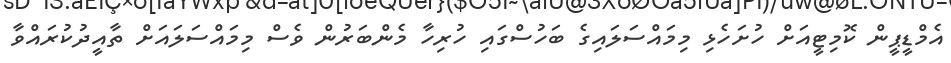
އެމްޑީޕީން ކޮމިޓީއަށް ހުށަހެޅި މިމައްސަލައިގެ ބަހުސްގައި ހުރިހާ މެންބަރުން ވެސް މިމައްސަލައަށް ތާއީދުކުރައްވާ